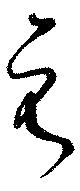
元